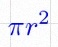
\pi r^2